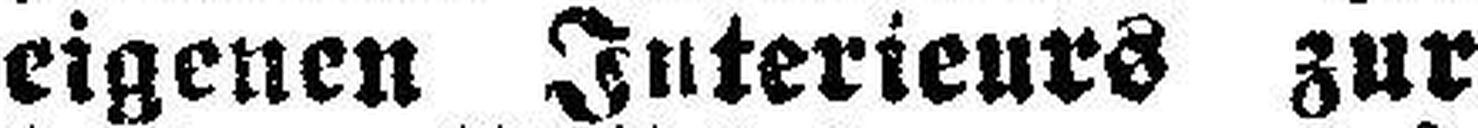
eigenen Interieurs zur